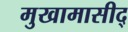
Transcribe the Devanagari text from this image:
मुखामासीद्